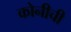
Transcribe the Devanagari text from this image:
कोनीची